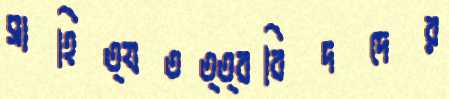
সাহিত্যতত্ত্ববিদদের